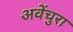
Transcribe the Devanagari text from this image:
अवेंचुरा